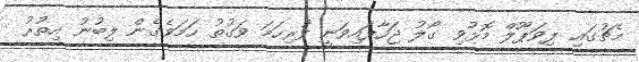
މެޗުގައި ލިވަޕޫލް މޮޅުވި ގޯލު ޖަހާފައިވަނީ ފުރިހަމަ ވަގުތު ހަމަވެގެން ލިބުނު އިތުރު